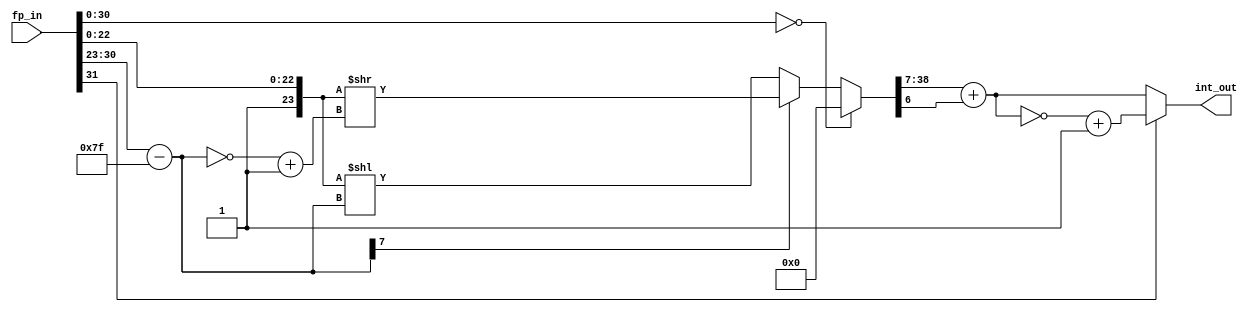
module flt_fx_rnd
	(
	input	[31:0]	fp_in,         // Floating point in IEEE fmt
	output reg [31:0] int_out      // Fixed point integer out
	);
//
//  24.8, Z.
//  16.16
//  12.8 U,V
//
wire    [7:0]   bias_exp;       /* Real exponent -127 - 128     */
wire    [7:0]   bias_exp2;      /* Real exponent 2's comp       */
wire    [39:0]  fixed_out2;     /* 2's complement of fixed out  */
wire    [47:0]  bias_mant;      /* mantissa expanded to 16.16 fmt */
reg     [38:0]  int_fixed_out;

reg    [31:0]  fixed_out;

assign bias_mant = {25'h0001, fp_in[22:0]};
assign bias_exp = fp_in[30:23] - 'd127;
assign bias_exp2 = ~bias_exp + 1;

// infinity or NaN - Don't do anything special, will overflow
always @* begin
	// zero condition
  	if (fp_in[30:0] == 31'b0) int_fixed_out = 0;
  	// negative exponent
	else if (bias_exp[7]) int_fixed_out = bias_mant >> bias_exp2;
  	// positive exponent
	else int_fixed_out = bias_mant << bias_exp;

	fixed_out = int_fixed_out[38:7] + int_fixed_out[6];
	int_out = (fp_in[31]) ? ~fixed_out + 1 : fixed_out;
end

endmodule